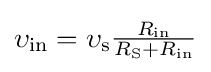
{\upsilon }_{\text{in}}={\upsilon }_{\text{s}}{\begin{matrix}{\frac {R_{\text{in}}}{R_{\text{S}}+R_{\text{in}}}}\end{matrix}}